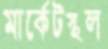
মার্কেটস্থল